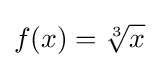
f(x)={\sqrt[{3}]{x}}